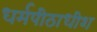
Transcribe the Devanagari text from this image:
धर्मपीठाधीश